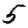
Digit: 5